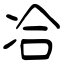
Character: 冾